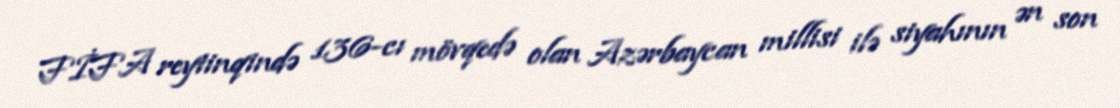
FİFA reytinqində 136-cı mövqedə olan Azərbaycan millisi ilə siyahının ən son